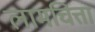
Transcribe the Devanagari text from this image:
लामचित्ता